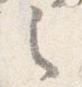
之